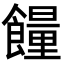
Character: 𩞯